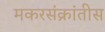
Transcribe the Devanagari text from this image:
मकरसंक्रांतीस